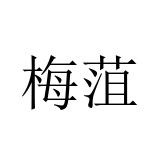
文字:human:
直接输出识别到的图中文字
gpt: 梅菹